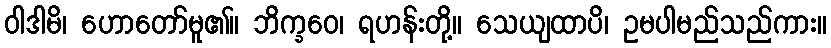
ဝါဒါမိ၊ ဟောတော်မူ၏။ ဘိက္ခဝေ၊ ရဟန်းတို့။ သေယျထာပိ၊ ဥမပါမည်သည်ကား။